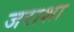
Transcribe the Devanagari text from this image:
जराशा